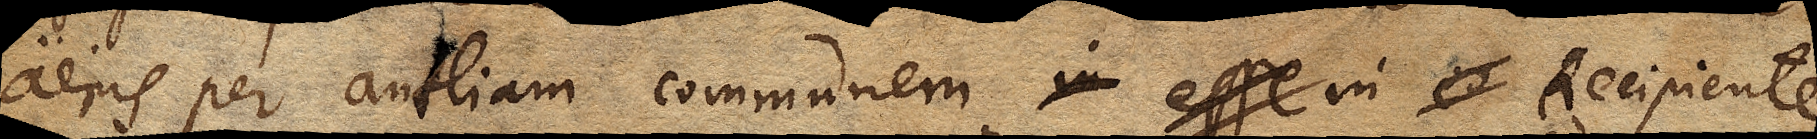
aeris per antliam communem in eo Recipiente Recipiente